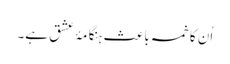
اُن کا خمسہ باعثِ ہنگامۂ عشق ہے۔